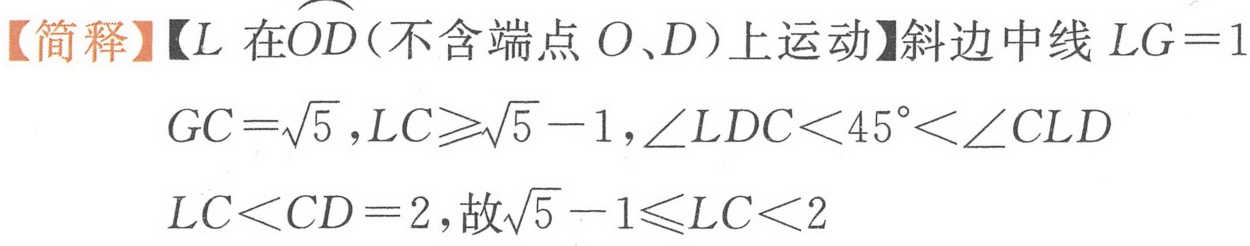
【简释】【$L$ 在$\overset{\frown}{OD}$(不含端点$O、D$)上运动】斜边中线$LG = 1$
$GC=\sqrt{5},LC\geqslant\sqrt{5}-1,\angle LDC<45^{\circ}<\angle CLD$
$LC<CD = 2$,故$\sqrt{5}-1\leqslant LC<2$